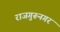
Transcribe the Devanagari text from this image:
राजगुरूनगर